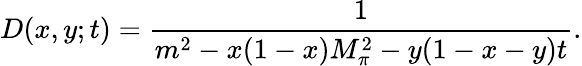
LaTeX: D(x,y;t)=\frac{1}{m^{2}-x(1-x)M_{\pi}^{2}-y(1-x-y)t}.